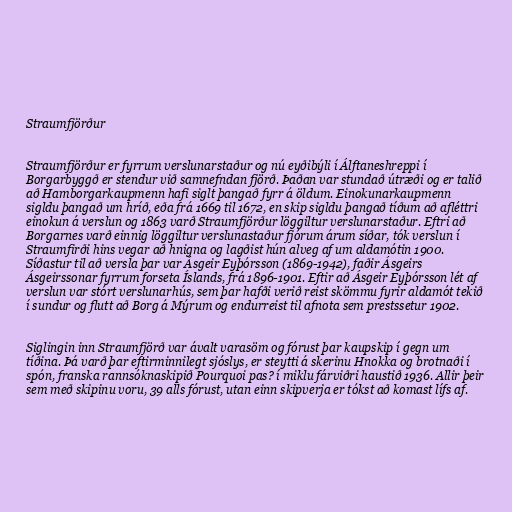
Straumfjörður

Straumfjörður er fyrrum verslunarstaður og nú eyðibýli í Álftaneshreppi í
Borgarbyggð er stendur við samnefndan fjörð. Þaðan var stundað útræði og er talið
að Hamborgarkaupmenn hafi siglt þangað fyrr á öldum. Einokunarkaupmenn
sigldu þangað um hríð, eða frá 1669 til 1672, en skip sigldu þangað tíðum að afléttri
einokun á verslun og 1863 varð Straumfjörður löggiltur verslunarstaður. Eftri að
Borgarnes varð einnig löggiltur verslunastaður fjórum árum síðar, tók verslun í
Straumfirði hins vegar að hnigna og lagðist hún alveg af um aldamótin 1900.
Síðastur til að versla þar var Ásgeir Eyþórsson (1869-1942), faðir Ásgeirs
Ásgeirssonar fyrrum forseta Íslands, frá 1896-1901. Eftir að Ásgeir Eyþórsson lét af
verslun var stórt verslunarhús, sem þar hafði verið reist skömmu fyrir aldamót tekið
í sundur og flutt að Borg á Mýrum og endurreist til afnota sem prestssetur 1902.

Siglingin inn Straumfjörð var ávalt varasöm og fórust þar kaupskip í gegn um
tíðina. Þá varð þar eftirminnilegt sjóslys, er steytti á skerinu Hnokka og brotnaði í
spón, franska rannsóknaskipið Pourquoi pas? í miklu fárviðri haustið 1936. Allir þeir
sem með skipinu voru, 39 alls fórust, utan einn skipverja er tókst að komast lífs af.